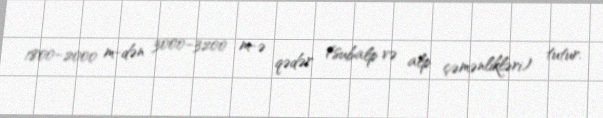
1800–2000 m-dən 3000–3200 m-ə qədər (subalp və alp çəmənlikləri) tutur.